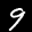
Label: 9